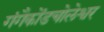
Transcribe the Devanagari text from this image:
गंगैकोंडचोलेश्वर